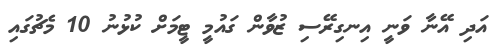
އަދި އޭނާ ވަނީ އިނގިރޭސި ޒުވާން ގައުމީ ޓީމަށް ކުޅުނު 10 މެޗުގައި